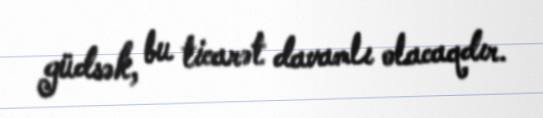
güdsək, bu ticarət davamlı olacaqdır.